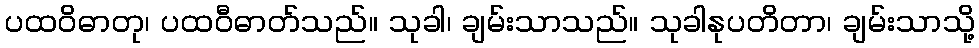
ပထဝိဓာတု၊ ပထဝီဓာတ်သည်။ သုခါ၊ ချမ်းသာသည်။ သုခါနုပတိတာ၊ ချမ်းသာသို့